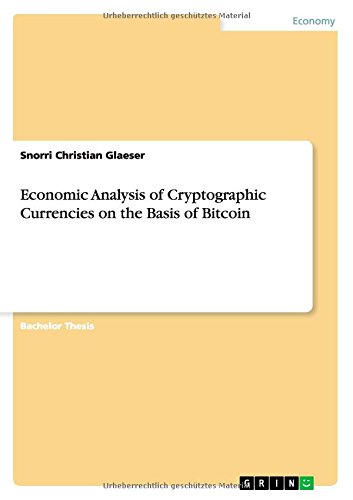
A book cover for Economic Analysis of Cryptographic Currencies on the Basis of Bitcoin; Snorri Christian Glaeser; Computers & Technology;